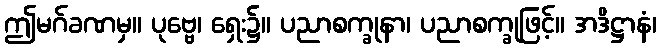
ဤမဂ်ခဏမှ။ ပုဗ္ဗေ၊ ရှေး၌။ ပညာစက္ခုနာ၊ ပညာစက္ခုဖြင့်။ အဒိဋ္ဌာနံ၊